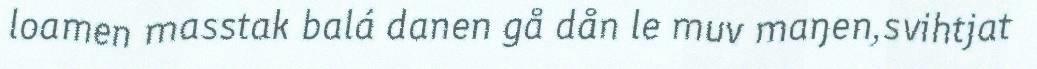
loamen masstak balá danen gå dån le muv maŋen,svihtjat